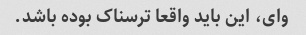
وای، این باید واقعا ترسناک بوده باشد.